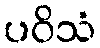
ပဝိသံ